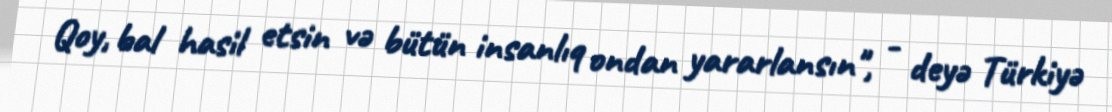
Qoy, bal hasil etsin və bütün insanlıq ondan yararlansın", - deyə Türkiyə